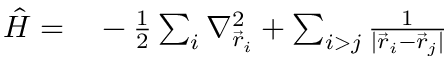
\begin{array} { r l } { \hat { H } = } & { { } - \frac { 1 } { 2 } \sum _ { i } \nabla _ { \vec { r } _ { i } } ^ { 2 } + \sum _ { i > j } \frac { 1 } { | { \vec { r } _ { i } - \vec { r } _ { j } } | } } \end{array}